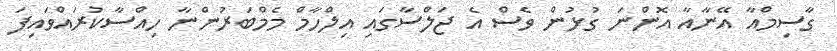
ގާސިމްއާ އޭނާއާ އޮންނަ ގުޅުން ވެސް އެ ޖަލްސާގައި އިލްހާމް މެމްބަރުންނާ ހިއްސާކުރައްވައިފަ